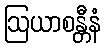
ဩယာစန္တီနံ